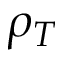
\rho _ { T }